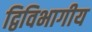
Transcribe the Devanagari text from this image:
द्विविभागीय